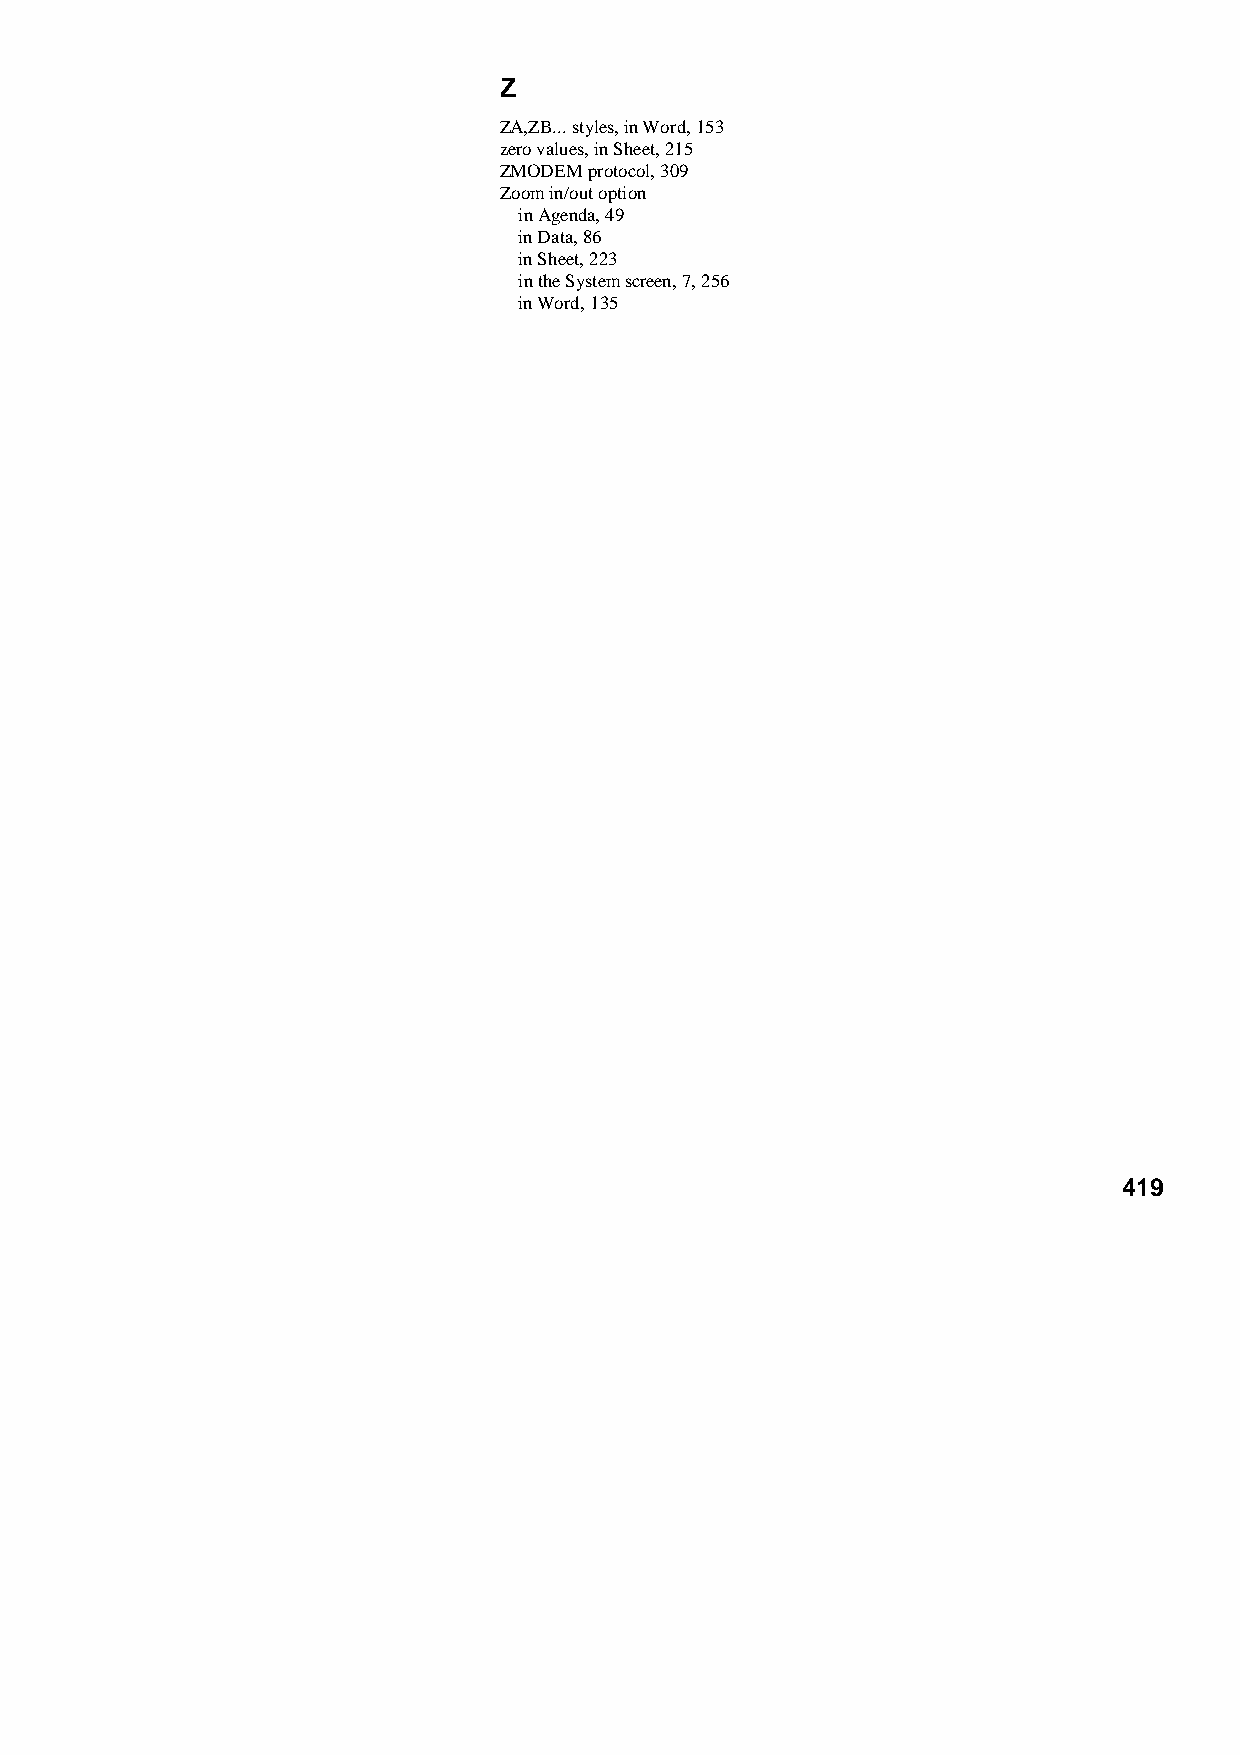
Z
 ZA,ZB... styles, in Word, 153
 zero values, in Sheet, 215
 ZMODEM protocol, 309
 Zoom in/out option
 in Agenda, 49
 in Data, 86
 in Sheet, 223
 in the System screen, 7, 256
 in Word, 135
 419